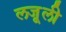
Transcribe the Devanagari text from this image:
लजू़ली